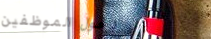
دخول الموظفين